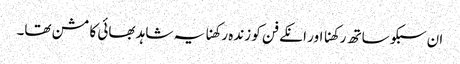
ان سبکو ساتھ رکھنا اور انکے فن کو زندہ رکھنا یہ شاہد بھائی کا مشن تھا۔